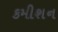
કમીશન